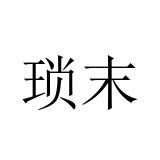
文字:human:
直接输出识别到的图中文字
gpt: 琐末